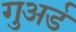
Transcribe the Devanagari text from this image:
गुअर्ड